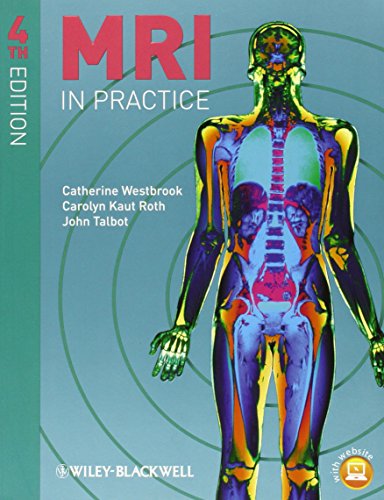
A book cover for MRI in Practice; Catherine Westbrook; Medical Books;